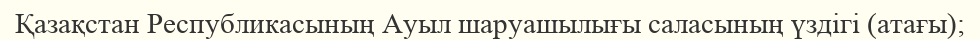
Қазақстан Республикасының Ауыл шаруашылығы саласының үздігі (атағы);